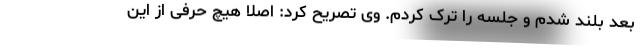
بعد بلند شدم و جلسه را ترک کردم. وی تصریح کرد: اصلاً هیچ حرفی از این